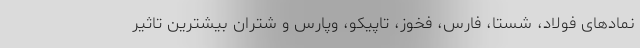
نمادهای فولاد، شستا، فارس، فخوز، تاپیکو، وپارس و شتران بیشترین تاثیر